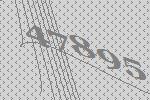
47895